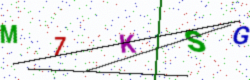
Text: M7KSG